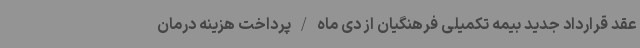
عقد قرارداد جدید بیمه تکمیلی فرهنگیان از دی ماه/پرداخت هزینه درمان